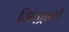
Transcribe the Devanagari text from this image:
मिज़्राबों